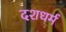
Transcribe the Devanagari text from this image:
दशधर्म